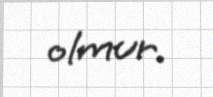
olmur.